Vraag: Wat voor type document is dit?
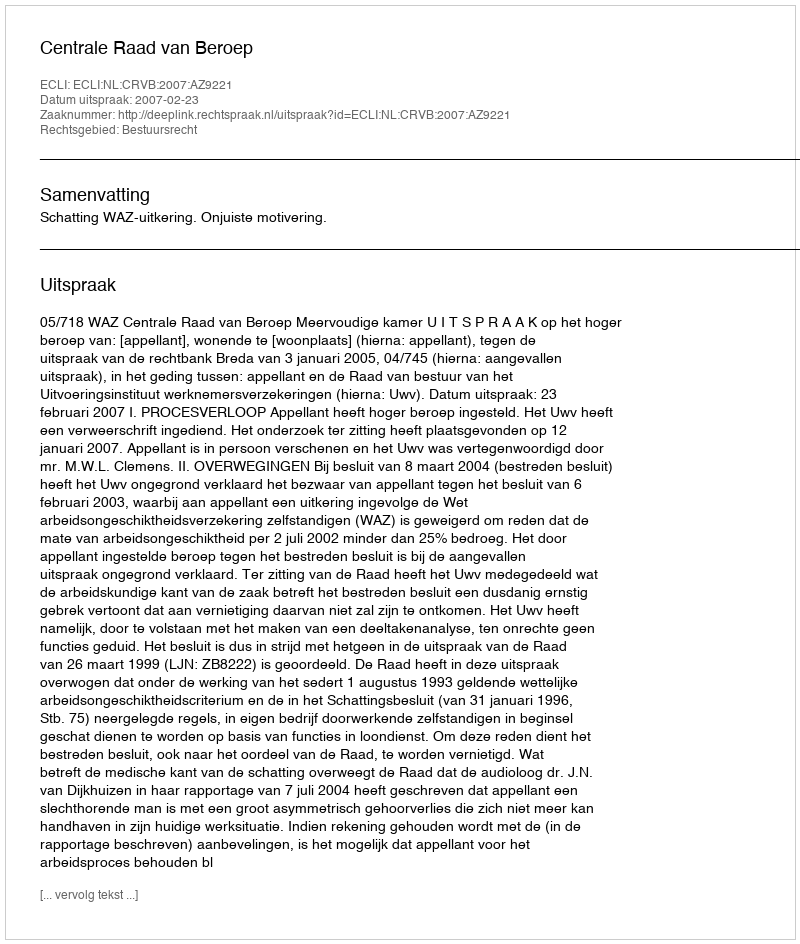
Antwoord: Uitspraak